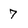
Character: 7